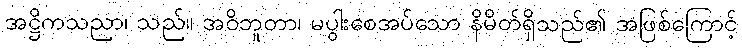
အဋ္ဌိကသညာ၊ သည်။ အဝိဘူတာ၊ မပွါးစေအပ်သော နိမိတ်ရှိသည်၏ အဖြစ်ကြောင့်